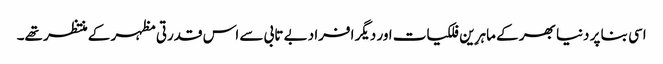
اسی بنا پر دنیا بھر کے ماہرِین فلکیات اور دیگر افراد بے تابی سے اس قدرتی مظہر کے منتظر تھے۔